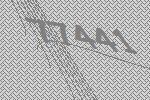
77441